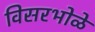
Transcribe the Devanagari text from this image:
विसरभोळे